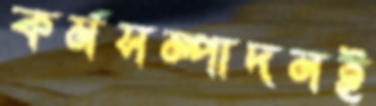
কর্মসম্পাদনই